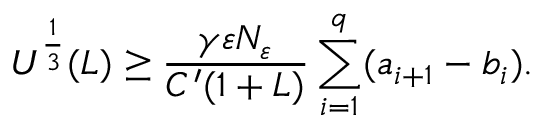
U ^ { \frac { 1 } { 3 } } ( L ) \geq \frac { \gamma \varepsilon N _ { \varepsilon } } { C ^ { \prime } ( 1 + L ) } \sum _ { i = 1 } ^ { q } ( a _ { i + 1 } - b _ { i } ) .